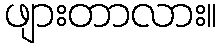
ဖျားတာလား။